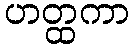
ဟတ္ထကာ